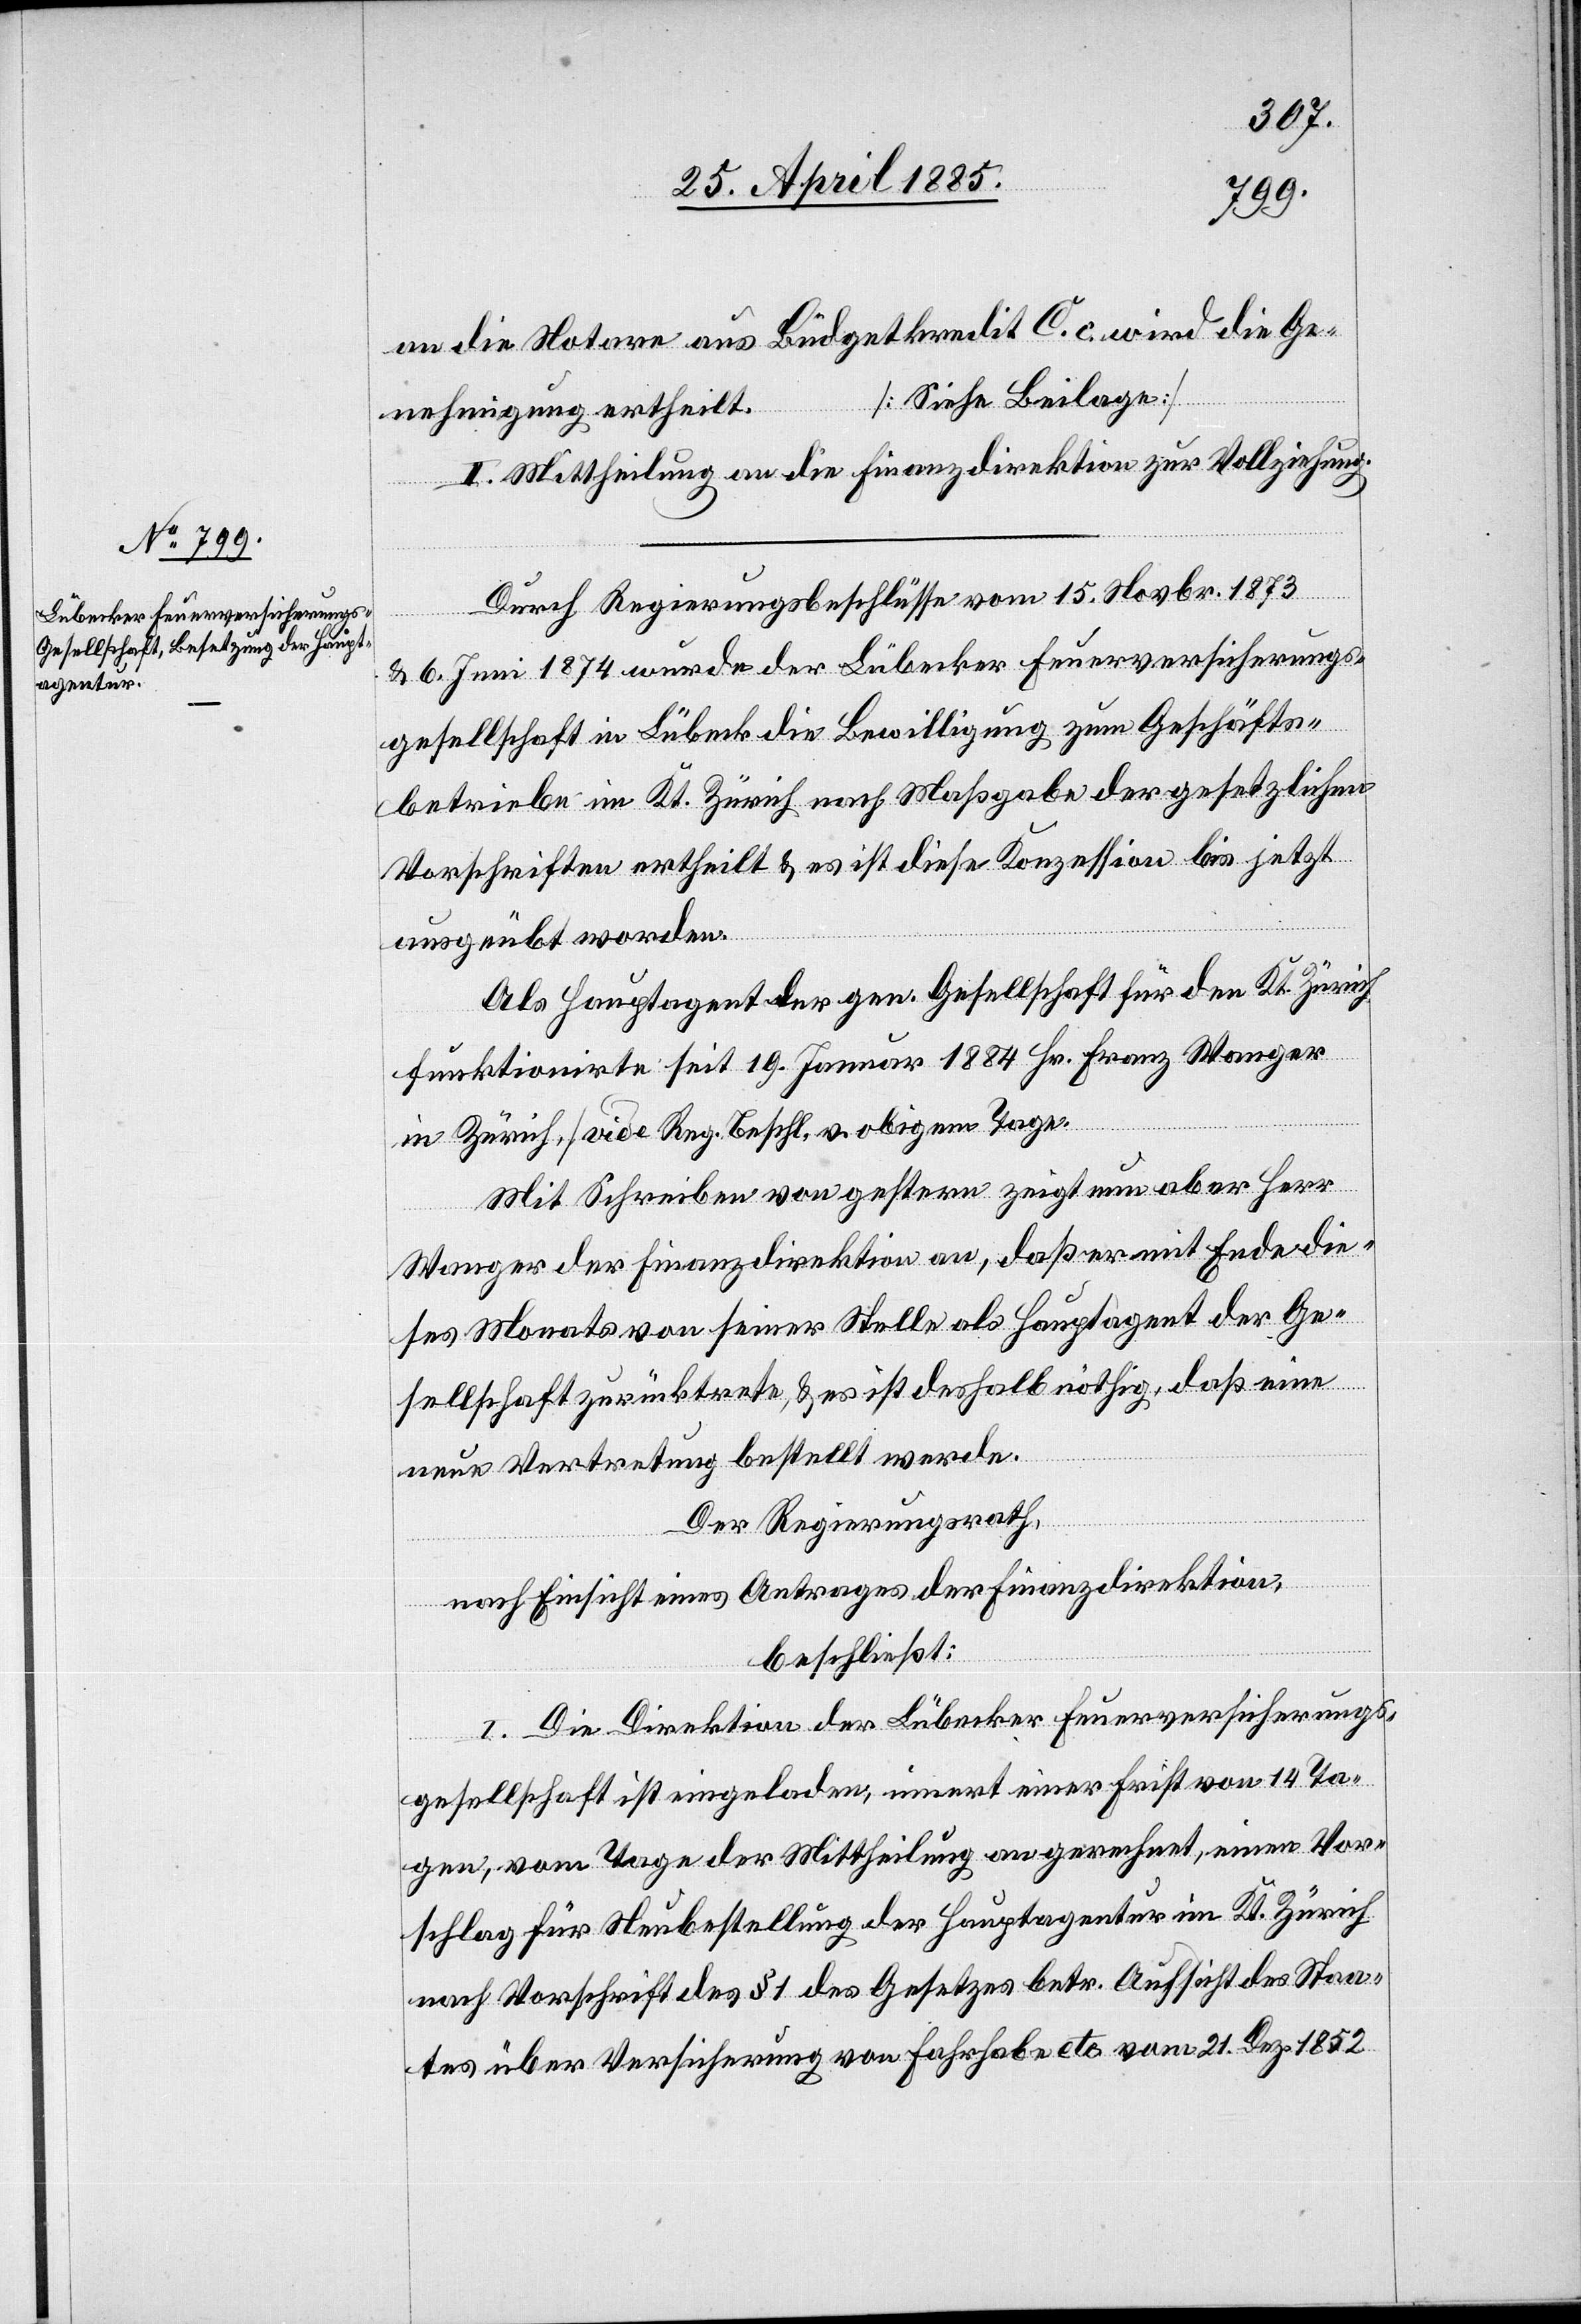
Durch Regierungsbeschlüsse vom 15. Novbr. 1873
& 6. Juni 1874 wurde der Lübecker Feuerversicherungs¬
gesellschaft in Lübeck die Bewilligung zum Geschäfts¬
betriebe im Kt. Zürich nach Maßgabe der gesetzlichen
Vorschriften ertheilt & es ist diese Konzession bis jetzt
ausgeübt worden.
Als Hauptagent der gen. Gesellschaft für den Kt. Zürich
funktionirte seit 19. Januar 1884 Hr. Franz Wanger
in Zürich, [vide Reg-beschl. v. obigem Tage].
Mit Schreiben von gestern zeigt nun aber Herr
Wanger der Finanzdirektion an, daß er mit Ende die¬
ses Monats von seiner Stelle als Hauptagent der Ge¬
sellschaft zurücktrete, & es ist deshalb nöthig, daß eine
neue Vertretung bestellt werde.
Der Regierungsrath,
nach Einsicht eines Antrages der Finanzdirektion,
beschließt:
I. Die Direktion der Lübecker Feuerversicherungs¬
gesellschaft ist eingeladen, innert einer Frist von 14 Ta¬
gen, vom Tage der Mittheilung an gerechnet, einen Vor¬
schlag für Neubestellung der Hauptagentur im Kt. Zürich
nach Vorschrift des § 1 des Gesetzes betr. Aufsicht des Staa¬
tes über Versicherung von Fahrhabe etc,. vom 21. Dez. 1852